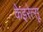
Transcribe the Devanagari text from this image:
केइरेत्सू